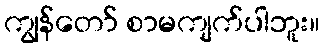
ကျွန်တော် စာမကျက်ပါဘူး။